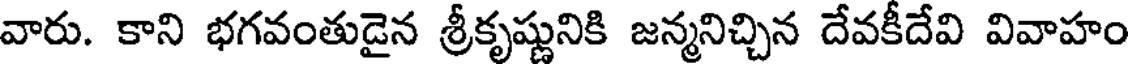
వారు. కాని భగవంతుడైన శ్రీకృష్ణునికి జన్మనిచ్చిన దేవకీదేవి వివాహం